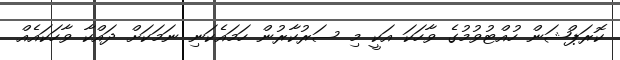
ކޮރަޕްޝަން ހުއްޓުވުމުގެ ވާހަކަ އަކީ މި ސަރުކާރުން ހަމައެކަނި ނަމަކަށް ދައްކާ ވާހަކައެއް